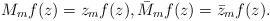
LaTeX: \begin{align*}M_m f(z) = z_m f(z), \Bar{M}_m f(z) = \Bar{z}_m f(z).\end{align*}